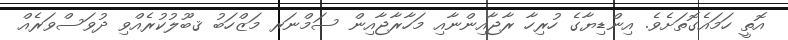
އޮތީ ހަމައެގޮތަށެވެ. އިންޑިޔާގެ ހުރިހާ ރާޖާއިންނާއި މަހާރާޖާއިން ސަމްނަރ މަޒްހަބު ޤބޫލުކުރެއްވި ދުވަސްވަރެއް